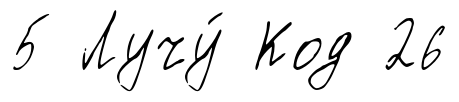
5 Лучу́ Код 26